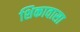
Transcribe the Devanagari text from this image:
शिकावासा